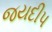
જયદીપ